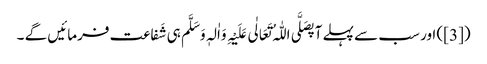
([3]) اور سب سے پہلے آپصَلَّی اللّٰہُ تَعَالٰی عَلَیْہِ وَاٰلہٖ وَسَلَّم ہی شَفاعت فرمائیں گے ۔